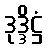
ဒုဒ္ဒိဋ္ဌံ